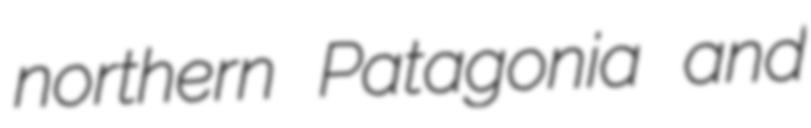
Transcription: northern Patagonia and